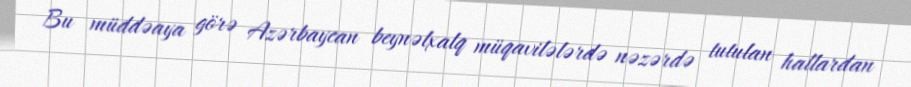
Bu müddəaya görə Azərbaycan beynəlxalq müqavilələrdə nəzərdə tutulan hallardan